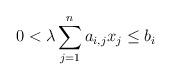
LaTeX: \begin{align*}0 < \lambda \sum_{j=1}^n a_{i,j} x_j \leq b_i \end{align*}